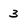
Character: 3